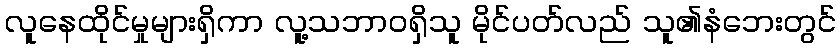
လူနေထိုင်မှုများရှိကာ လူ့သဘာဝရှိသူ မိုင်ပတ်လည် သူ၏နံဘေးတွင်